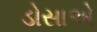
ડોસાએ